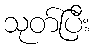
သုတ်ပြီး